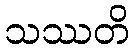
သဿတိ